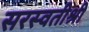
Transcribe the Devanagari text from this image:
सरस्वतीश्री